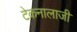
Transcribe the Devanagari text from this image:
टेकनालाजी